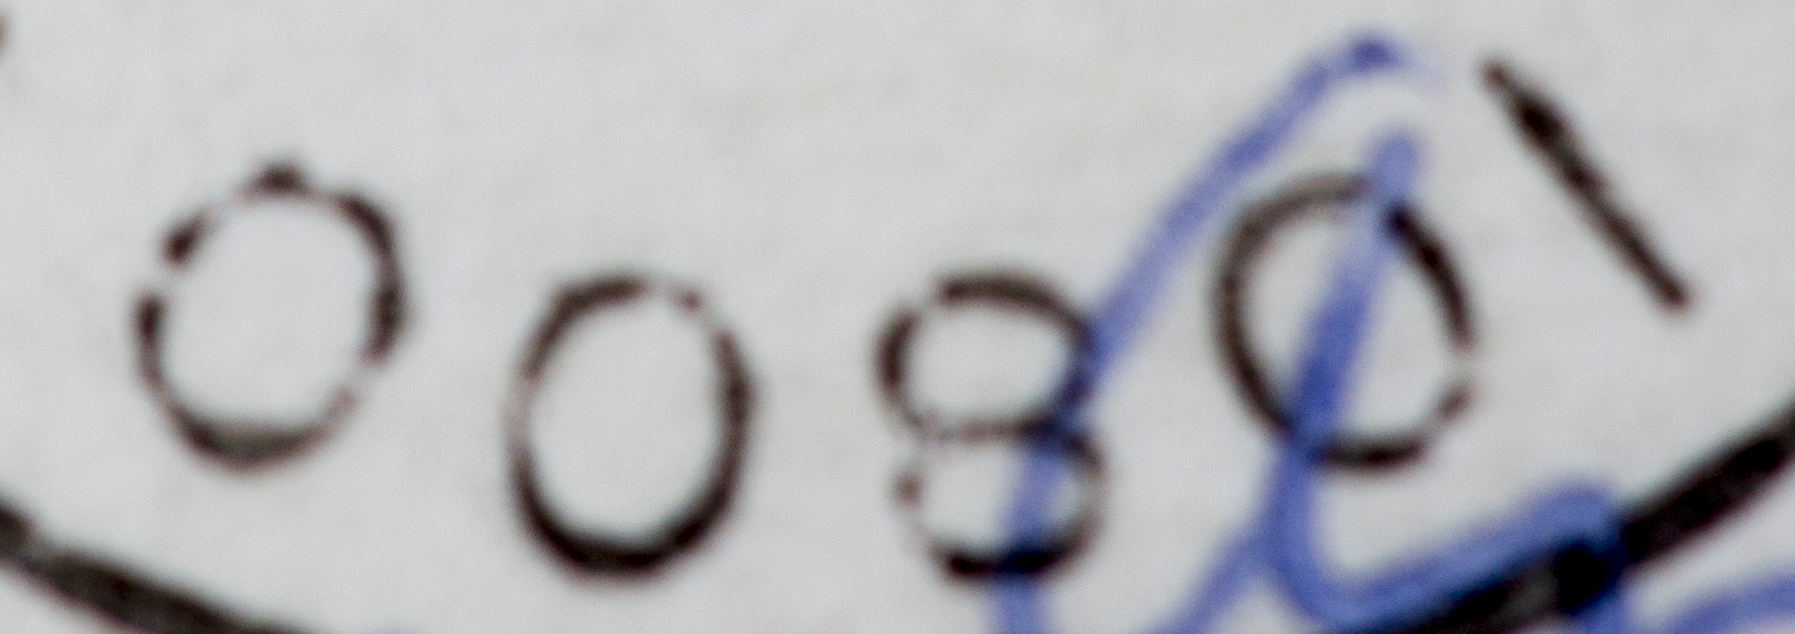
10800